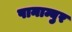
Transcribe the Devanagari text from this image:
पानाम्बुर